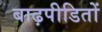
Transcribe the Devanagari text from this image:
बाढ़पीडितों